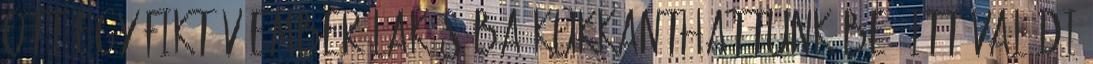
ott egy fiktív ember lakásába kukkanthattunk be, itt valódi